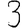
Digit: 3